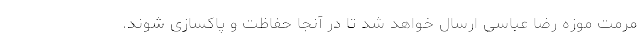
مرمت موزه رضا عباسی ارسال خواهد شد تا در آنجا حفاظت و پاکسازی شوند.